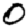
Digit: 0